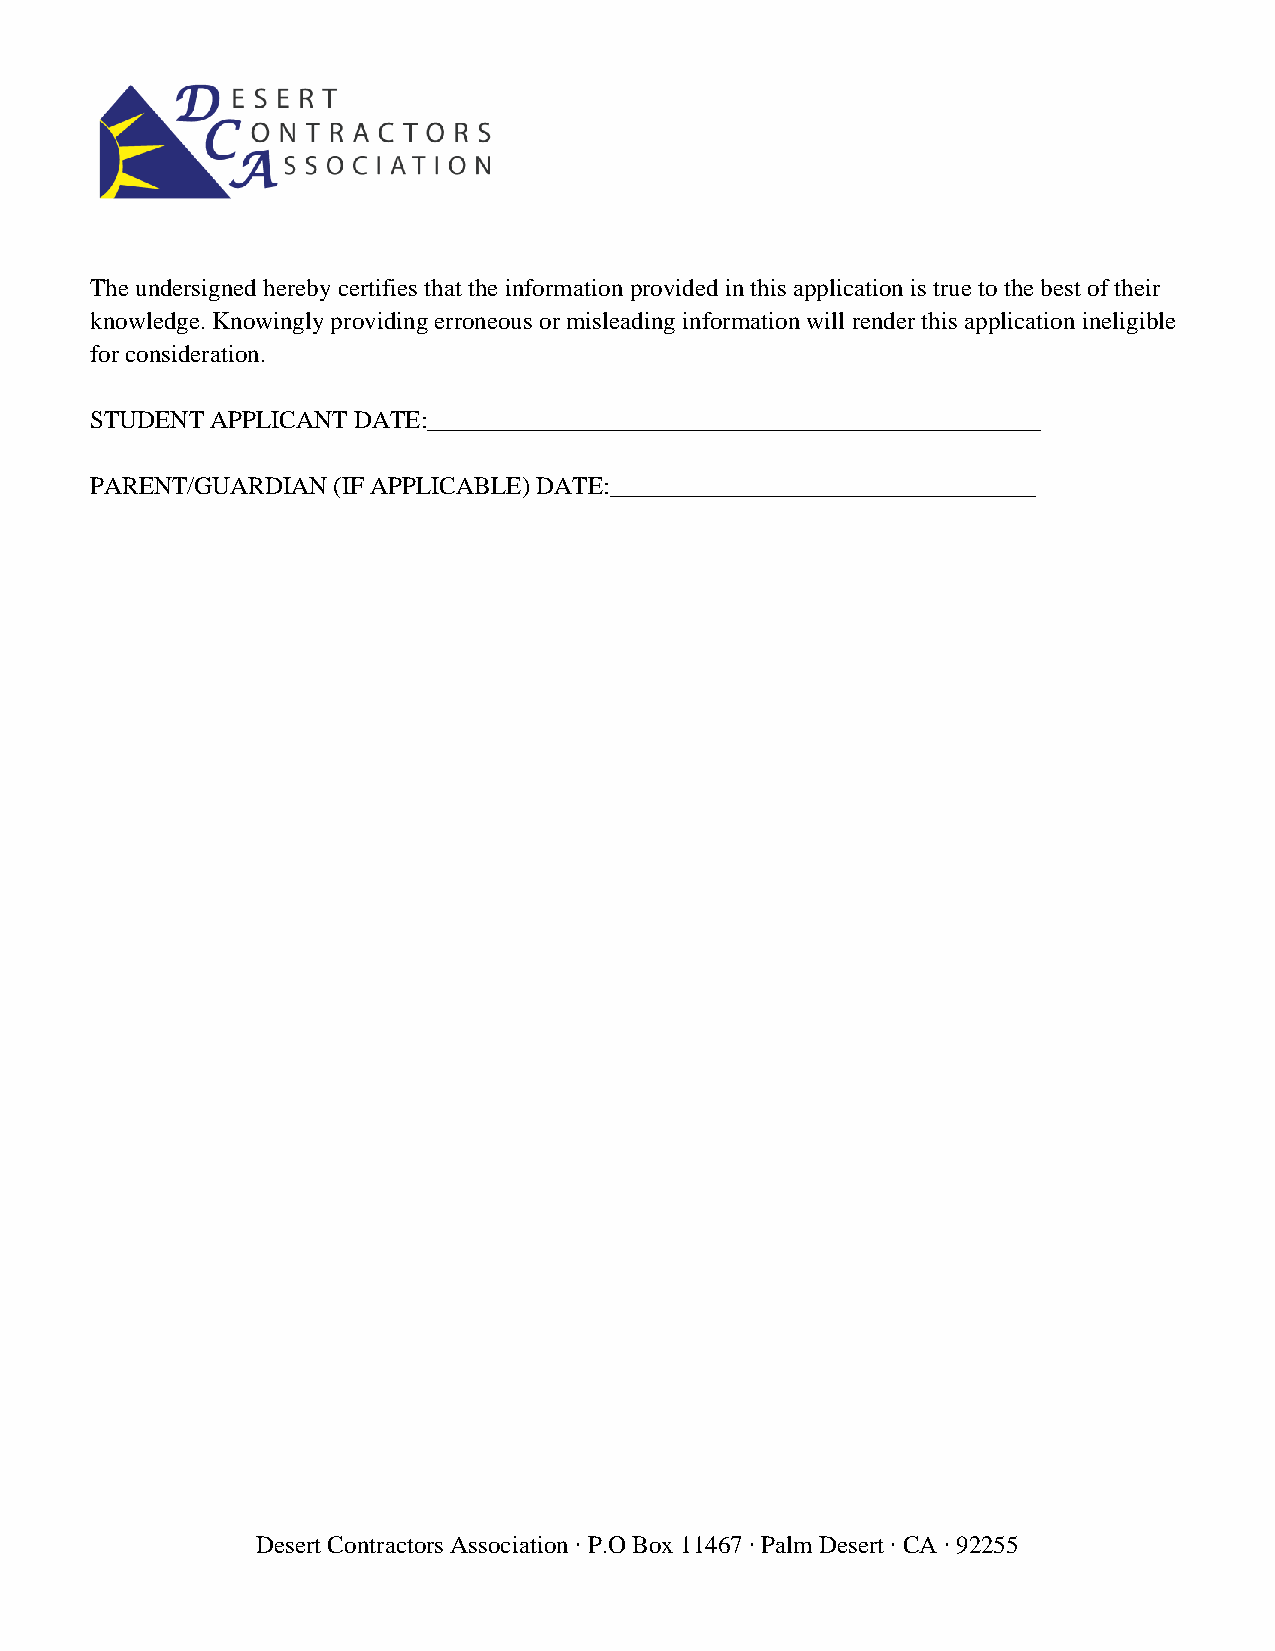
The undersigned hereby certifies that the information provided in this application is true to the best of their
 knowledge. Knowingly providing erroneous or misleading information will render this application ineligible
 for consideration.
 STUDENT APPLICANT DATE:_________________________________________________
 PARENT/GUARDIAN (IF APPLICABLE) DATE:__________________________________
 Desert Contractors Association ∙ P.O Box 11467 ∙ Palm Desert ∙ CA ∙ 92255